Annual report on the lock hospitals of the Madras Presidency
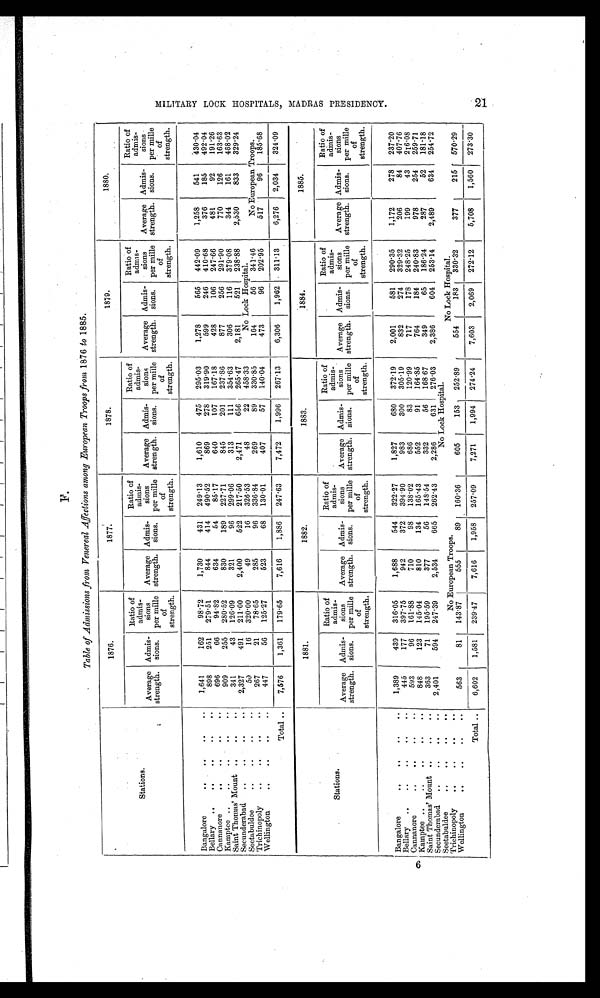
Table of Admissions from Venereal Affections among _European Troops from 1876 to 1885.
1876.
1877.
1878.
1879.
1880.
Stations.
Average
strength.
Admis-
sions.
Ratio of
admis-
sions
per mill
e of
strength.
Average
strength.
Admis-
sions.
Ratio of
admis
sions
per mill
e of
strength.
Average
strength.
Admis-
sions.
Ratio of
admis
sion
s per mule
of
strength.
Average
strength.
Admis-
sions.
Ratio of
admis-
sions
per mine
of
strength.
Average
strength.
Admis-
sions.
Ratio of
admis-
sions
per mill
e of
strength.
Bangalore
..
..
..
..
1,641
162
98-72
1,730
431
249 . 13
1,610
475
295-03
1,278
565
442-09
1,258
541
130-04
Bellary
..
..
..
..
..
898
251
279.51
844
414
490-52
869
27S
319-90
599
246
410 . 68
376
185
492.04
Cannanore
..
..
..
..
696
66
94-82
634
54
85-17
640
107
167-18
428
106
247-66
481
92
191-26
Kamptee ..
..
..
..
..
909
255
280 . 52
830
189
227-71
845
201
23786
877
256
291-90
770
126
163-63
Saint Thomas' Mount .,
..
. .
341
43
126 . 09
321
96
299-06
313
111
354-63
306
116
379-08
344
161
468-02
Secunderabad
..
..
..
..
2,327
491
211-00
2,400
522
217-50
2,471
656
265.47
2,181
521
238-88
2,530
833
329.24
Seetabuldee
..
..
..
..
50
16
320 . 00
49
16
326 .53
48
22
458-33
No Lock Hospital.
Trichinopoly
..
..
.. ,
..
267
21
78-65
285
96
336-84
269
89
330-85
164
56
311-46
No European Troops.
Wellington
..
..
..
..
447
56
125-27
523
68
130-01
407
57
140.04
473
96
202.95
517
96
185-68
Total ..
7,576
1,361
179 . 65
7,616
1,886
247-63
7,472
1,996
267-13
6,306
1,962
311-13
6,276
2,034
324-09
1881.
1882.
1883.
1884.
1885.
Stations.
Average
strength.
Admis-
sions.
Ratio of
admis-
sions
per mill
e of
strength.
Average
strength.
Admis-
sions.
Ratio of
admis-
sions
per mill
e of
strength.
Average
strength.
Admis-
sions.
Ratio of
admis-
sions
per mill
e of
strength.
Average
strength.
Admis-
sions.
Ratio of
admis-
sions
per mille
of
strength.
Average
strength.
Admis-
sions.
Ratio of
admis-
sions
per mile
of
strength.
Bangalore
..
..
..
..
1,389
439
316.05
1,688
544
322-27
1,827
680
372-19
2,001
581
290-35
1,172
278
237-20
Bellary
..
..
..
..
..
445
177
397.75
942
372
394-90
983
300
305-19
832
274
329-32
206
84
407-76
Cannanore..
..
..
..
96
161.88
710
98
138.02
686
83
120-99
717
178
248-25
199
43
216.08
Kamptee ..
..
..
..
..
848
123
145.04
810
134
165.43
552
91
164.35
764
184
240-83
978
254
259-71
Saint Thomas' Mount ..
..
..
363
71
195-59
377
56
148.54
332
56
168 67
349
65
186-24
287
52
181-18
Secunderabad
..
..
..
..
2,401
594
247-39
2,534
665
262-43
2,286
631
276-03
2,386
604
253-14
2,489
634
254.72
Seetabuldee
. ,
..
.. ..
No Lock Hospital.
Trichinopoly
..
..
..
,.
No European Troops.
No Lock Hospital.
Wellington
..
..
..
..
563
81
143-87
555
89
160-36
605
153
252.89
554
183
330-32
377
215
570-29
Total ..
6,602
1,581
239.47
7,616
1,958
257-09
7,271
1,994
274-24
7,603
2,069
272-12
5,708
1,560 273-30
M I L I T A R Y L O O K H O S P I T A L S , M A D R A S P R E S I D E N O Y